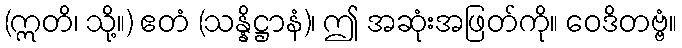
(ဣတိ၊ သို့။) ဧတံ (သန္နိဋ္ဌာနံ)၊ ဤ အဆုံးအဖြတ်ကို။ ဝေဒိတဗ္ဗံ။